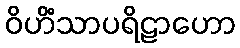
ဝိဟိံသာပရိဠာဟော